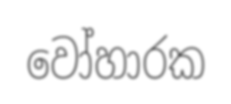
වෝහාරක